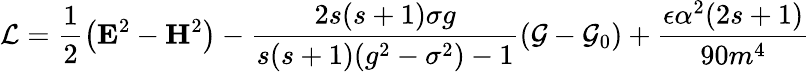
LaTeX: \mathcal{L}=\frac 12\left(\mathbf{E}^{2}-\mathbf{H}^{2}\right)-\frac{2s(s+1)\sigma g}{s(s+1)(g^{2}-\sigma^{2})-1}\left(\mathcal{G}-\mathcal{G}_{0}\right)+\frac{\epsilon\alpha^{2}(2s+1)}{90m^{4}}